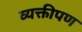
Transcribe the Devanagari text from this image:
व्यक्तीपण